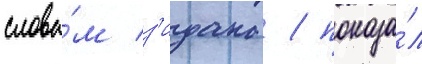
слова́м з'идана / показа́л